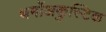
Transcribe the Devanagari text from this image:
थर्मोअकुस्टिक